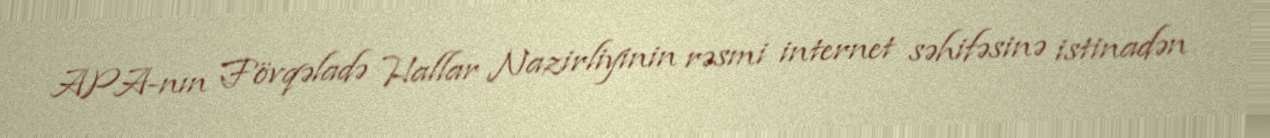
APA-nın Fövqəladə Hallar Nazirliyinin rəsmi internet səhifəsinə istinadən